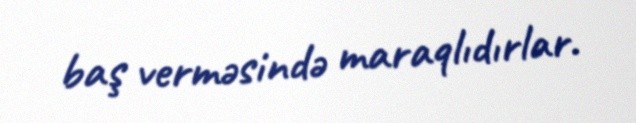
baş verməsində maraqlıdırlar.